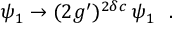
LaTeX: \psi _ { 1 } \rightarrow ( 2 g ^ { \prime } ) ^ { 2 \delta c } \: \psi _ { 1 } ~ ~ .